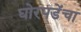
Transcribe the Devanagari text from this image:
घोरपडेंचा